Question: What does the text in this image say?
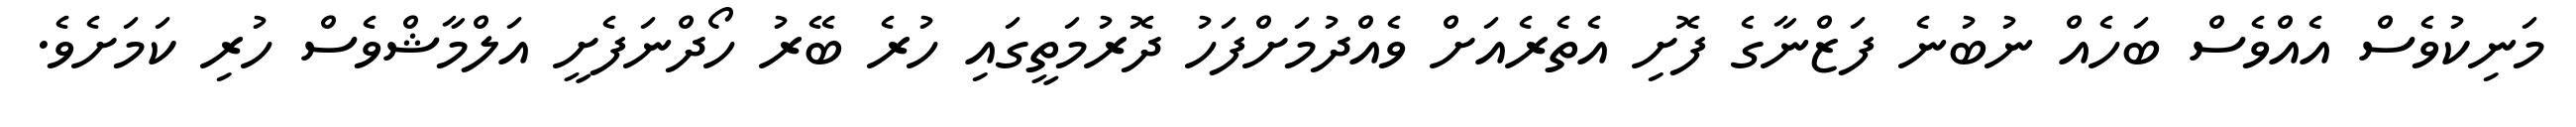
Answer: މަނިކުވެސް އެއްވެސް ބަހެއް ނުބުނެ ފަޒްނާގެ ފޮށި އެތެރެއަށް ވެއްދުމަށްފަހު ދޮރުމަތީގައި ހުރެ ބޭރު ހޯދްނަފެށީ އަލްމާޝްވެސް ހުރި ކަމަށެވެ.